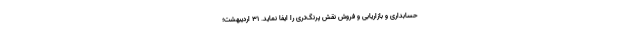
حسابداری و بازاریابی و فروش نقش پرنگ‌تری را ایفا نماید. ۳۱ اردیبهشت؛